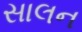
સાલન